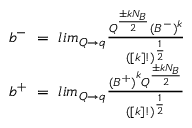
\begin{array} { c } { { b ^ { - } ~ = ~ l i m _ { Q \to q } { \frac { Q ^ { \frac { \pm k N _ { B } } { 2 } } { ( B ^ { - } ) } ^ { k } } { ( [ k ] ! ) ^ { \frac { 1 } { 2 } } } } } } \\ { { b ^ { + } ~ = ~ l i m _ { Q \to q } { { \frac { { ( B ^ { + } ) } ^ { k } Q ^ { { \frac { \pm k N _ { B } } { 2 } } } } { ( [ k ] ! ) ^ { \frac { 1 } { 2 } } } } } } } \end{array}